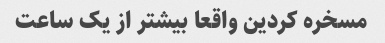
مسخره کردین واقعا بیشتر از یک ساعت